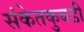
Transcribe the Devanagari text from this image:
संकेतकुबडी